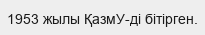
1953 жылы ҚазмУ-ді бітірген.